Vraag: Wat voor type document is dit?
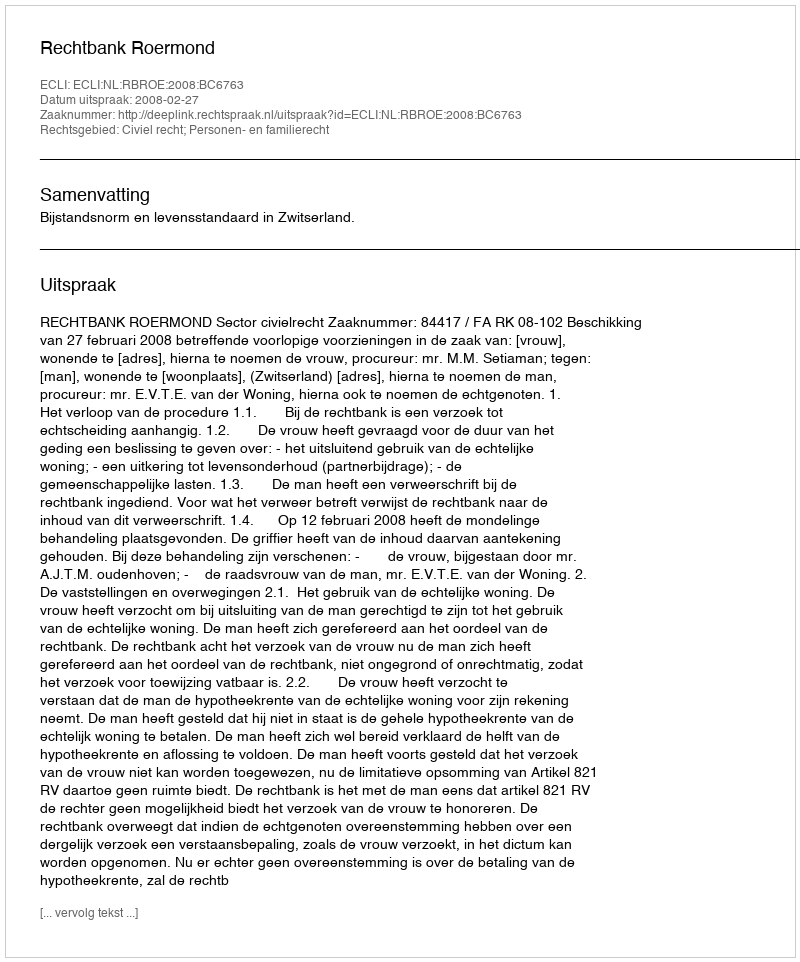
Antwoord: Uitspraak